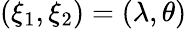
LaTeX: (\xi_{1},\xi_{2})=(\lambda,\theta)